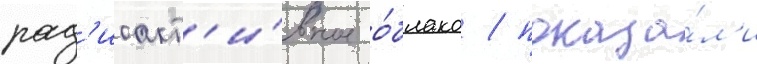
рад'иоакт'и́вное о́блако / показа́л'и